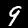
Digit: 9